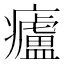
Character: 㿖